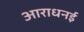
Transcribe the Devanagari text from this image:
आराधनई